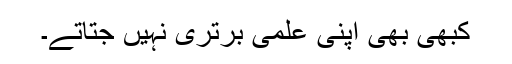
کبھی بھی اپنی علمی برتری نہیں جتاتے۔